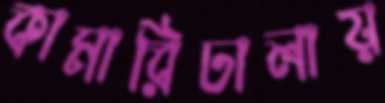
কামারিঢালায়